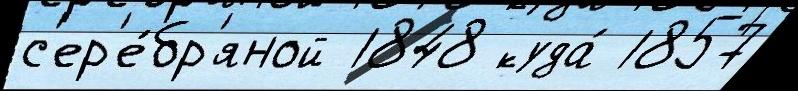
с'ер'е́бр'яной 1848 куда́ 1857